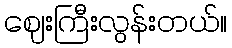
ဈေးကြီးလွန်းတယ်။